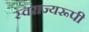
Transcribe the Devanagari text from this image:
स्वराज्यरूपी